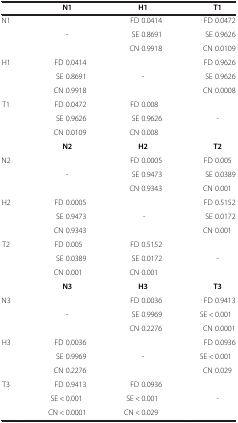
<table><thead><tr><td><b> </b></td><td><b>N1</b></td><td><b>H1</b></td><td><b>T1</b></td></tr></thead><tbody><tr><td rowspan="3">N1</td><td> </td><td>FD 0.0414</td><td>FD 0.0472</td></tr><tr><td>-</td><td>SE 0.8691</td><td>SE 0.9626</td></tr><tr><td> </td><td>CN 0.9918</td><td>CN 0.0109</td></tr><tr><td rowspan="3">H1</td><td>FD 0.0414</td><td> </td><td>FD 0.9626</td></tr><tr><td>SE 0.8691</td><td>-</td><td>SE 0.9626</td></tr><tr><td>CN 0.9918</td><td> </td><td>CN 0.0008</td></tr><tr><td rowspan="3">T1</td><td>FD 0.0472</td><td>FD 0.008</td><td> </td></tr><tr><td>SE 0.9626</td><td>SE 0.9626</td><td>-</td></tr><tr><td>CN 0.0109</td><td>CN 0.008</td><td> </td></tr><tr><td> </td><td><b>N2</b></td><td><b>H2</b></td><td><b>T2</b></td></tr><tr><td rowspan="3">N2</td><td> </td><td>FD 0.0005</td><td>FD 0.005</td></tr><tr><td>-</td><td>SE 0.9473</td><td>SE 0.0389</td></tr><tr><td> </td><td>CN 0.9343</td><td>CN 0.001</td></tr><tr><td rowspan="3">H2</td><td>FD 0.0005</td><td> </td><td>FD 0.5152</td></tr><tr><td>SE 0.9473</td><td>-</td><td>SE 0.0172</td></tr><tr><td>CN 0.9343</td><td> </td><td>CN 0.001</td></tr><tr><td rowspan="3">T2</td><td>FD 0.005</td><td>FD 0.5152</td><td> </td></tr><tr><td>SE 0.0389</td><td>SE 0.0172</td><td>-</td></tr><tr><td>CN 0.001</td><td>CN 0.001</td><td> </td></tr><tr><td> </td><td><b>N3</b></td><td><b>H3</b></td><td><b>T3</b></td></tr><tr><td rowspan="3">N3</td><td> </td><td>FD 0.0036</td><td>FD 0.9413</td></tr><tr><td>-</td><td>SE 0.9969</td><td>SE &lt; 0.001</td></tr><tr><td> </td><td>CN 0.2276</td><td>CN 0.0001</td></tr><tr><td rowspan="3">H3</td><td>FD 0.0036</td><td> </td><td>FD 0.0936</td></tr><tr><td>SE 0.9969</td><td>-</td><td>SE &lt; 0.001</td></tr><tr><td>CN 0.2276</td><td> </td><td>CN 0.029</td></tr><tr><td rowspan="2">T3</td><td>FD 0.9413</td><td>FD 0.0936</td><td> </td></tr><tr><td>SE &lt; 0.001</td><td>SE &lt; 0.001</td><td>-</td></tr><tr><td> </td><td>CN &lt; 0.0001</td><td>CN &lt; 0.029</td><td> </td></tr></tbody></table>